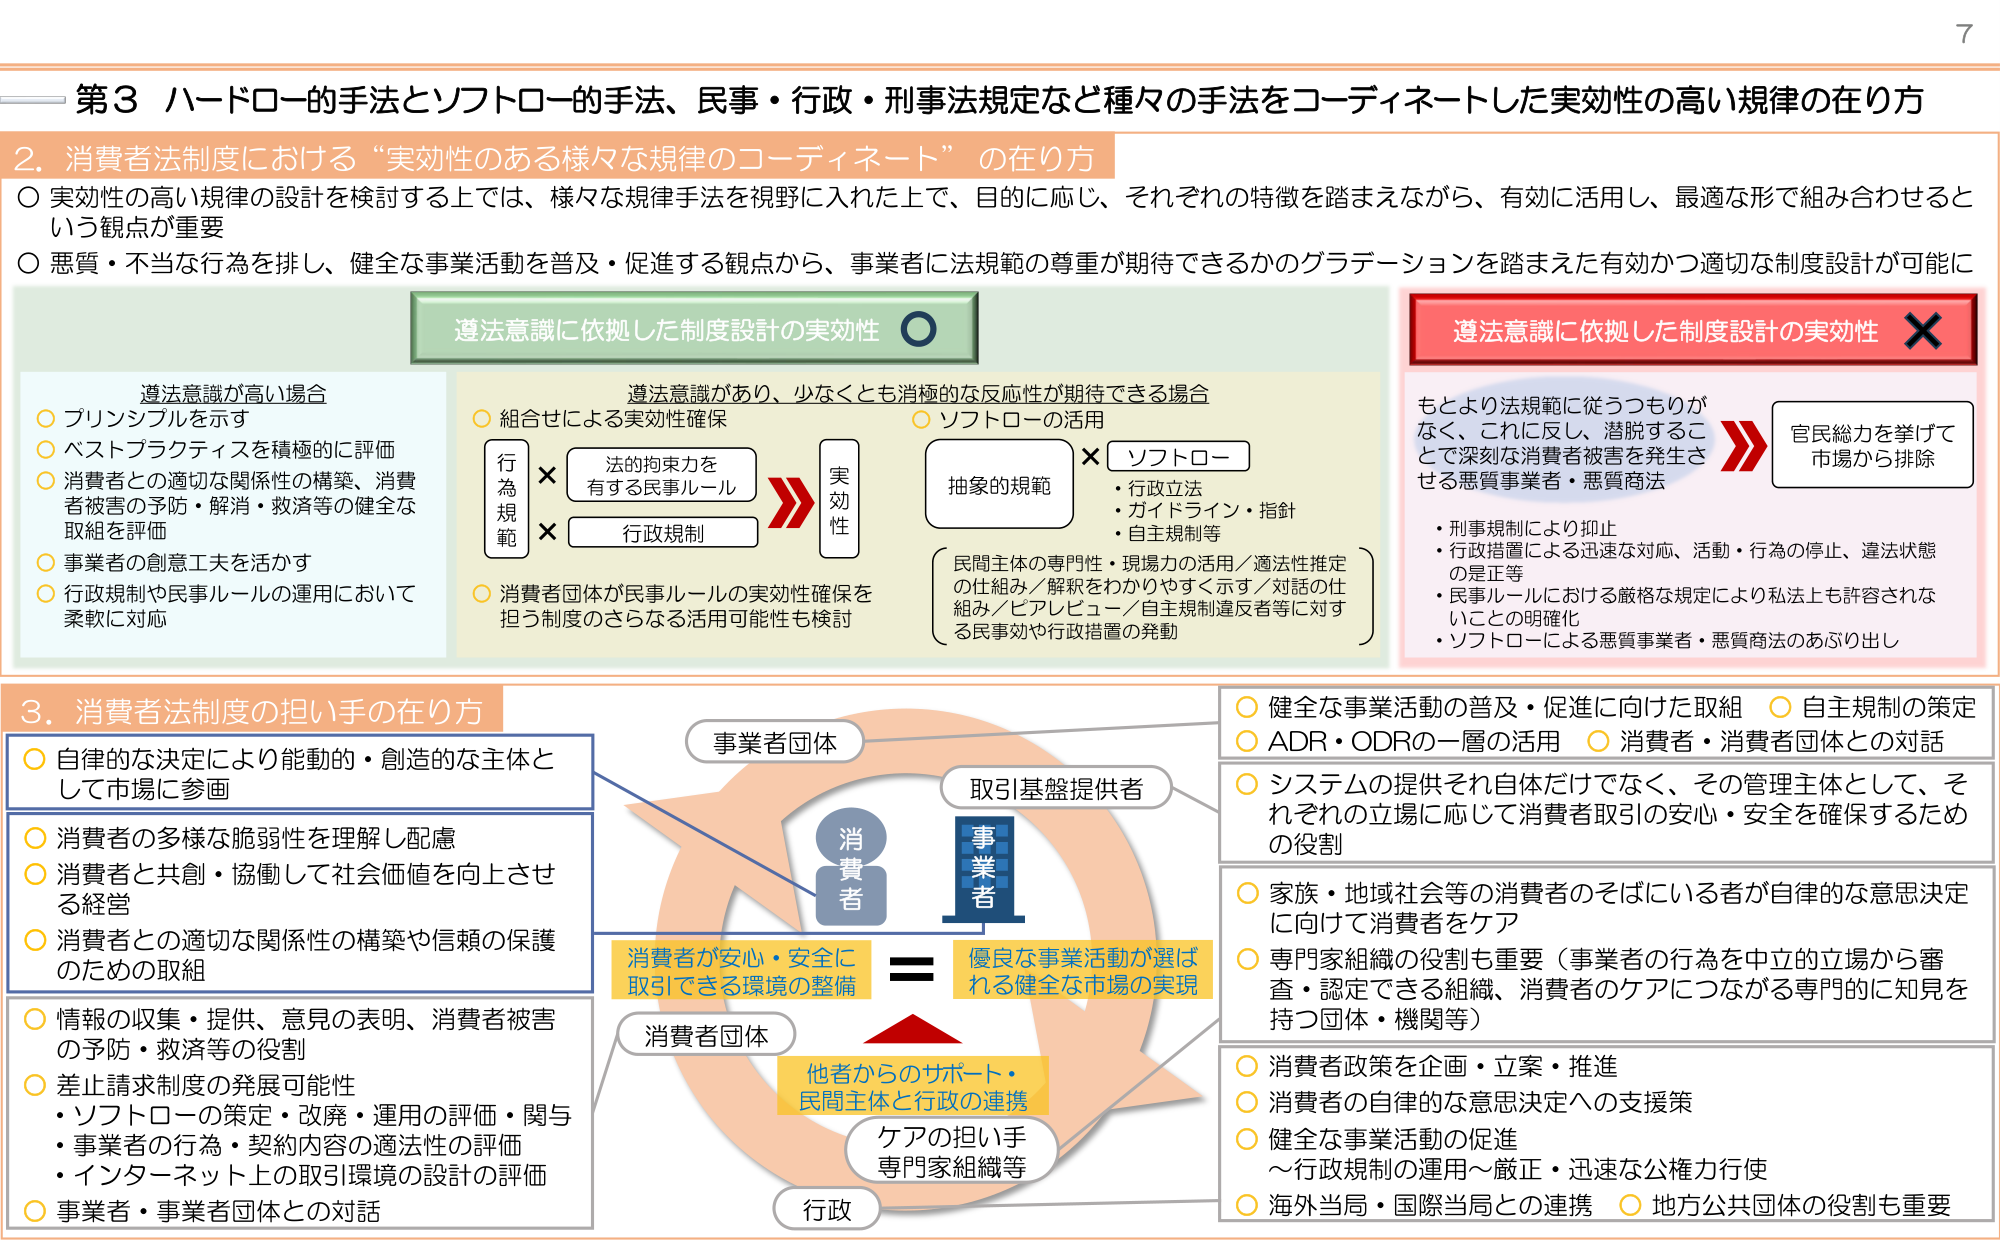
第3 ハードロー的手法とソフトロー的手法、民事・行政・刑事法規定など種々の手法をコーディネートした実効性の高い規律の在り方

2. 消費者法制度における“実効性のある様々な規律のコーディネート”の在り方

○ 実効性の高い規律の設計を検討する上では、様々な規律手法を視野に入れた上で、目的に応じ、それぞれの特徴を踏まえながら、有効に活用し、最適な形で組み合わせるという観点が重要

○ 悪質・不当な行為を排し、健全な事業活動を普及・促進する観点から、事業者に法規範の尊重が期待できるかのグラデーションを踏まえた有効かつ適切な制度設計が可能に

遵法意識に依拠した制度設計の実効性 ○

遵法意識が高い場合
○ プリンシプルを示す
○ ベストプラクティスを積極的に評価
○ 消費者との適切な関係性の構築、消費者被害の予防・解消・救済等の健全な取組を評価
○ 事業者の創意工夫を活かす
○ 行政規制や民事ルールの運用において柔軟に対応

遵法意識があり、少なくとも消極的な反応性が期待できる場合
○ 組合せによる実効性確保
○ ソフトローの活用

行為規範
× 法的拘束力を有する民事ルール
× 行政規制

実効性

抽象的規範
× ソフトロー
・行政立法
・ガイドライン・指針
・自主規制等

民間主体の専門性・現場力の活用／適法性推定の仕組み／解釈をわかりやすく示す／対話の仕組み／ピアレビュー／自主規制違反者等に対する民事効や行政措置の発動

○ 消費者団体が民事ルールの実効性確保を担う制度のさらなる活用可能性も検討

遵法意識に依拠した制度設計の実効性 ×

もとより法規範に従うつもりがなく、これに反し、潜脱することで深刻な消費者被害を発生させる悪質事業者・悪質商法

≫ 官民総力を挙げて市場から排除

・刑事規制により抑止
・行政措置による迅速な対応、活動・行為の停止、違法状態の是正等
・民事ルールにおける厳格な規定により私法上も許容されないことの明確化
・ソフトローによる悪質事業者・悪質商法のあぶり出し

3. 消費者法制度の担い手の在り方

○ 自律的な決定により能動的・創造的な主体として市場に参画

○ 消費者の多様な脆弱性を理解し配慮
○ 消費者と共創・協働して社会価値を向上させる経営
○ 消費者との適切な関係性の構築や信頼の保護のための取組

○ 情報の収集・提供、意見の表明、消費者被害の予防・救済等の役割
○ 差止請求制度の発展可能性
・ソフトローの策定・改廃・運用の評価・関与
・事業者の行為・契約内容の適法性の評価
・インターネット上の取引環境の設計の評価
○ 事業者・事業者団体との対話

事業者団体
取引基盤提供者
消費者
事業者
消費者団体
行政

消費者が安心・安全に取引できる環境の整備 ＝ 優良な事業活動が選ばれる健全な市場の実現

他者からのサポート・民間主体と行政の連携
ケアの担い手専門家組織等

○ 健全な事業活動の普及・促進に向けた取組 ○ 自主規制の策定
○ ADR・ODRの一層の活用 ○ 消費者・消費者団体との対話

○ システムの提供それ自体だけでなく、その管理主体として、それぞれの立場に応じて消費者取引の安心・安全を確保するための役割

○ 家族・地域社会等の消費者のそばにいる者が自律的な意思決定に向けて消費者をケア
○ 専門家組織の役割も重要（事業者の行為を中立的立場から審査・認定できる組織、消費者のケアにつながる専門的に知見を持つ団体・機関等）

○ 消費者政策を企画・立案・推進
○ 消費者の自律的な意思決定への支援策
○ 健全な事業活動の促進
～行政規制の運用～厳正・迅速な公権力行使
○ 海外当局・国際当局との連携 ○ 地方公共団体の役割も重要